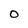
Character: 0